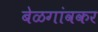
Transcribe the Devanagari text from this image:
बेळगांवकर